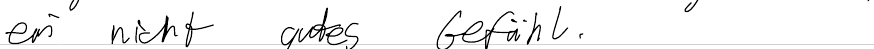
ein nicht gutes Gefühl.